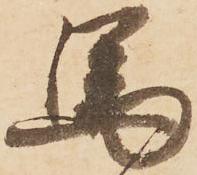
馬